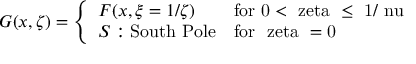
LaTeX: G ( x , \zeta ) = \left\{ \begin{array} { l l } { { F ( x , \xi = 1 / \zeta ) } } & { { \mathrm { f o r ~ 0 < \ z e t a ~ \leq ~ 1 / \ n u ~ } } } \\ { { { \cal S } : \mathrm { S o u t h ~ P o l e } } } & { { \mathrm { f o r ~ \ z e t a ~ = 0 ~ } } } \end{array} \right.